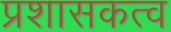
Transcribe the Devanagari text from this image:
प्रशासकत्व